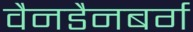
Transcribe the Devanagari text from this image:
वैनडैनबर्ग